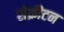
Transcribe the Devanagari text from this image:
सेक्रीटन